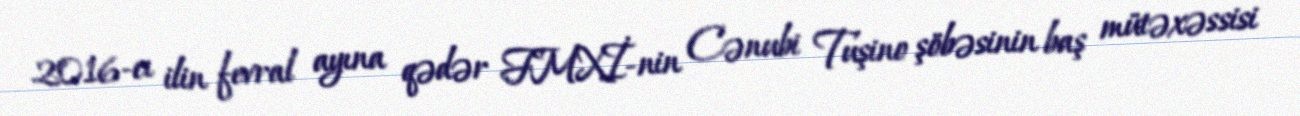
2016-cı ilin fevral ayına qədər FMXİ-nin Cənubi Tuşino şöbəsinin baş mütəxəssisi